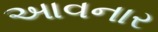
આવનાર